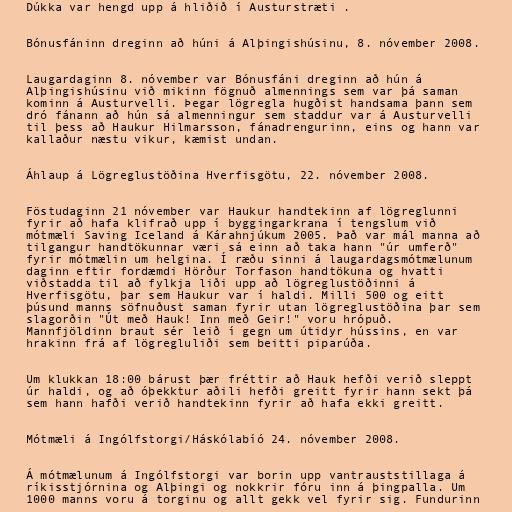
Dúkka var hengd upp á hliðið í Austurstræti .

Bónusfáninn dreginn að húni á Alþingishúsinu, 8. nóvember 2008.

Laugardaginn 8. nóvember var Bónusfáni dreginn að hún á
Alþingishúsinu við mikinn fögnuð almennings sem var þá saman
kominn á Austurvelli. Þegar lögregla hugðist handsama þann sem
dró fánann að hún sá almenningur sem staddur var á Austurvelli
til þess að Haukur Hilmarsson, fánadrengurinn, eins og hann var
kallaður næstu vikur, kæmist undan.

Áhlaup á Lögreglustöðina Hverfisgötu, 22. nóvember 2008.

Föstudaginn 21 nóvember var Haukur handtekinn af lögreglunni
fyrir að hafa klifrað upp í byggingarkrana í tengslum við
mótmæli Saving Iceland á Kárahnjúkum 2005. Það var mál manna að
tilgangur handtökunnar væri sá einn að taka hann "úr umferð"
fyrir mótmælin um helgina. Í ræðu sinni á laugardagsmótmælunum
daginn eftir fordæmdi Hörður Torfason handtökuna og hvatti
viðstadda til að fylkja liði upp að lögreglustöðinni á
Hverfisgötu, þar sem Haukur var í haldi. Milli 500 og eitt
þúsund manns söfnuðust saman fyrir utan lögreglustöðina þar sem
slagorðin "Út með Hauk! Inn með Geir!" voru hrópuð.
Mannfjöldinn braut sér leið í gegn um útidyr hússins, en var
hrakinn frá af lögregluliði sem beitti piparúða.

Um klukkan 18:00 bárust þær fréttir að Hauk hefði verið sleppt
úr haldi, og að óþekktur aðili hefði greitt fyrir hann sekt þá
sem hann hafði verið handtekinn fyrir að hafa ekki greitt.

Mótmæli á Ingólfstorgi/Háskólabíó 24. nóvember 2008.

Á mótmælunum á Ingólfstorgi var borin upp vantrauststillaga á
ríkisstjórnina og Alþingi og nokkrir fóru inn á þingpalla. Um
1000 manns voru á torginu og allt gekk vel fyrir sig. Fundurinn